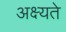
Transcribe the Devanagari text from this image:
अक्ष्यते